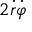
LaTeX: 2 { \dot { r } } { \dot { \varphi } }